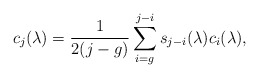
\begin{align*}c_j(\lambda)={1\over2(j-g)}\sum_{i=g}^{j-i}s_{j-i}(\lambda)c_i(\lambda),\end{align*}